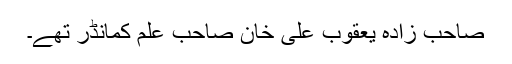
صاحب زادہ یعقوب علی خان صاحبِ علم کمانڈر تھے۔